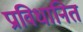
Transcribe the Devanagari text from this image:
प्राविधानित